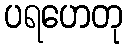
ပရဟေတု